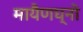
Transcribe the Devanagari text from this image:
मायैणघ्नो